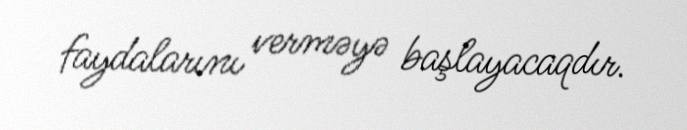
faydalarını verməyə başlayacaqdır.